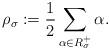
LaTeX: \begin{align*}\rho_{\sigma} := \frac{1}{2}\sum_{\alpha \in R^+_{\sigma}} \alpha.\end{align*}